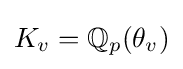
K_{v}=\mathbb {Q} _{p}(\theta _{v})